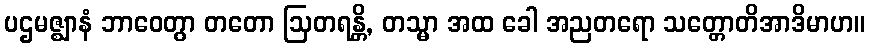
ပဌမဇ္ဈာနံ ဘာဝေတွာ တတော ဩတရန္တိ, တသ္မာ အထ ခေါ အညတရော သတ္တောတိအာဒိမာဟ။